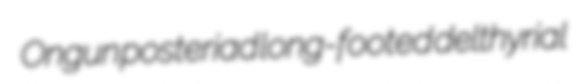
Ongun posteriad long-footed delthyrial